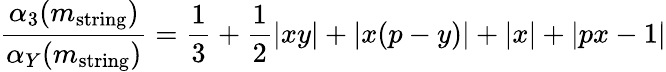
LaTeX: \frac{\alpha_{3}(m_{\mathrm{string}})}{\alpha_{Y}(m_{\mathrm{string}})}=\frac{1}{3}+\frac{1}{2}|xy|+|x(p-y)|+|x|+|px-1|